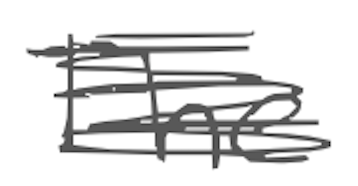
Text: The
Cross-out: mix
Writing tool: digital_gray